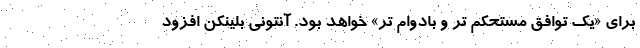
برای «یک توافق مستحکم تر و بادوام تر» خواهد بود. آنتونی بلینکن افزود